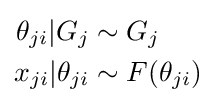
{\begin{aligned}\theta _{ji}|G_{j}&\sim G_{j}\\x_{ji}|\theta _{ji}&\sim F(\theta _{ji})\end{aligned}}